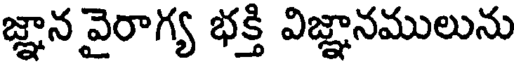
జ్ఞాన వైరాగ్య భక్తి విజ్ఞానములును